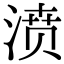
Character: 𣸣